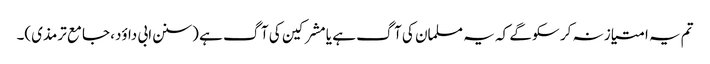
تم یہ امتیاز نہ کر سکو گے کہ یہ مسلمان کی آگ ہے یا مشرکین کی آگ ہے (سنن ابی داؤد، جامع ترمذی)۔